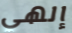
إلهي